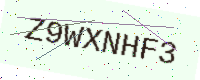
Text: Z9WXNHF3